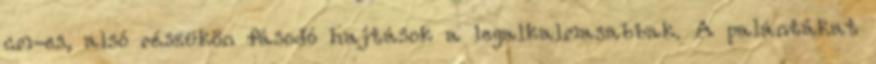
cm-es, alsó részükön fásodó hajtások a legalkalmasabbak. A palántákat